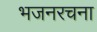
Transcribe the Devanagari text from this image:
भजनरचना